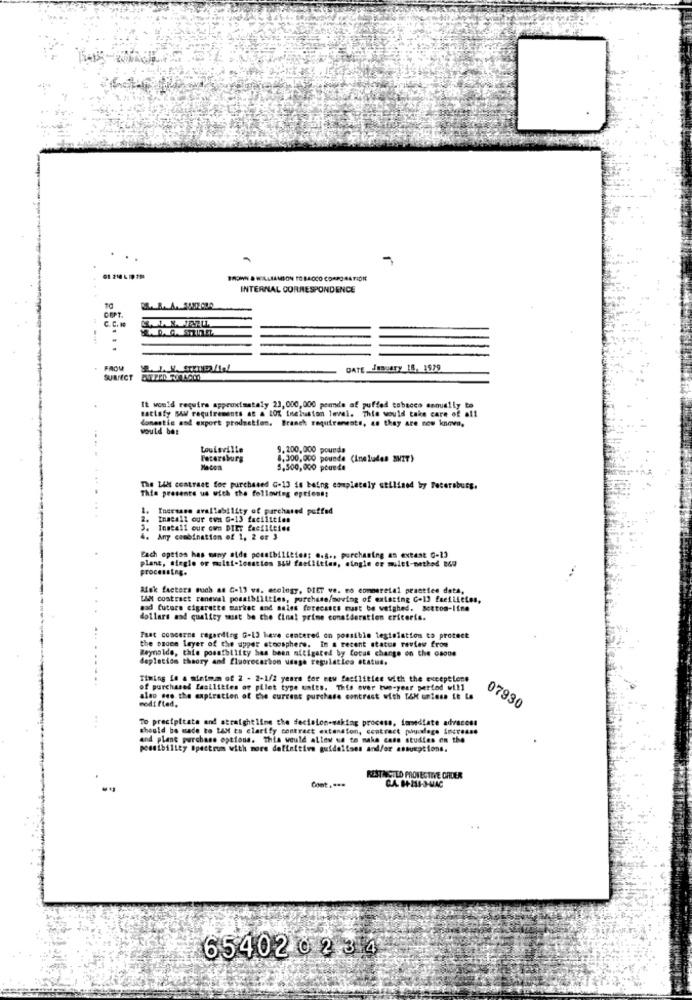
BROWN & WILLIAMSON TOBACCO CORPO BATIDIE
INTERNAL CORRESPONDENCE
....
COPT.
FROM
DATE. JENSary 18, 1979
SURFECT
sattafy Bow requirements at & LO% ineiuston level. This would take care of all
It would require approximately 23, 000,000 pennde af puffed tabacco annually to
domestic and export prodnation. Branch requirements, as they are now known,
would bes
Louisville
9.200, 000 pounds
Petersburg
8.300,000 pounde (Ineludes SNIT)
Ma-Com
5,500,000 pounde
The LAN centraet for purchased G-13 is being completely utilined by Petersburg.
This presente us with the following options:
1. Increase availability of purchased puffed
2.
Inacall our own G-13 facilities
Install our own DIET facilities
Any combination of 1, 2 or 3
Each optios has many atde possibilities; e.s ., purchasing an extent C-13
plane, sieglo or multi-locaties BU faeliities, single or multi-method B&W
processing.
...
Ask factors such as C-13 va. ecology, DIET ve. mo commeretal practice data,
L&M contract renewal possibilities, purchase/mowing of existing C-13 facilities,
mad future cigarette market and sales forecasts must be weighed. Bottom-line
dollars and quality must be the Cinal prime consideration criteris.
the ozone layer of the upper atmosphere. in a recent status review from
That concerns regarding G-13 have centered on possible legislation to protect
Reynolds, this possibility has been mitigated by focus change on the osone
depletion theory and fluorocarbon usage regulaties etatud.
Timing in a minimum of 2 - 2-1/2 years for new facilities with the exceptione
of purchased facilities of pilet type unies. This over two-year period will
modified.
also see the expiration of the current purchase contrast with TAM unless it La
07930
To precipitate and straightline the decision-making process, immediate adracces
should be made to LAH to clarify contract extension, contract pogodage increase
and plane purchase options. this would allow us to make case studies on the
possibility Spectrum with more definitive guidelises and/or assumptions.
Cont ....
RESTRICTED PROTECTIVE ORDER
C.A. 84-234-3-MAC
654020234